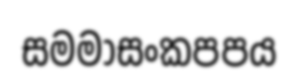
සමමාසංකපපය